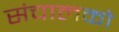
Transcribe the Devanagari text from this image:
संचालको